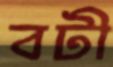
বটী